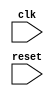
module Generate_For_Loop (
    input wire clk,
    input wire reset
);

reg [2:0] i; // Define loop index variable

always @(posedge clk or posedge reset) begin
    if (reset) begin
        i <= 0; // Initialize loop index to 0
    end else begin
        for (i = 0; i < 8; i = i + 1) begin
            // Your code logic goes here
            // This block will be executed 8 times
        end
    end
end

endmodule